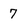
Character: 7